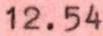
12.54